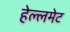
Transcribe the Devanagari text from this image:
हेल्लमेट